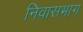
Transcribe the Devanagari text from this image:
निवासभाग